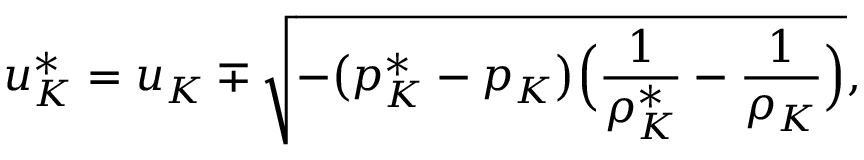
u _ { K } ^ { * } = u _ { K } \mp \sqrt { - \big ( p _ { K } ^ { * } - p _ { K } \big ) \Big ( \frac { 1 } { \rho _ { K } ^ { * } } - \frac { 1 } { \rho _ { K } } \Big ) } ,